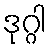
ဒုဂ္ဂါ